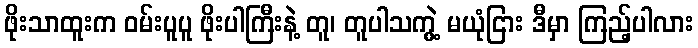
ဖိုးသာထူးက ဝမ်းပူပူ ဖိုးပါကြီးနဲ့ တူ၊ တူပါသကွဲ့ မယုံငြား ဒီမှာ ကြည့်ပါလား